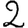
Digit: 2